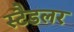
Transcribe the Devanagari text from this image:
स्टैडलर